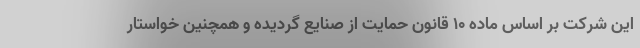
این شرکت بر اساس ماده ۱۰ قانون حمایت از صنایع گردیده و همچنین خواستار